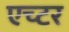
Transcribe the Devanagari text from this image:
एच्टर